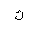
Letter: _kaf